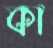
কা